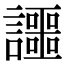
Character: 讍